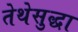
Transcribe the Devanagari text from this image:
तेथेसुद्धा